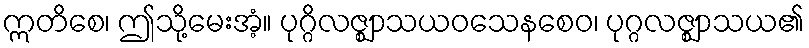
ဣတိစေ၊ ဤသို့မေးအံ့။ ပုဂ္ဂိလဇ္ဈာသယဝသေနစေဝ၊ ပုဂ္ဂလဇ္ဈာသယ၏